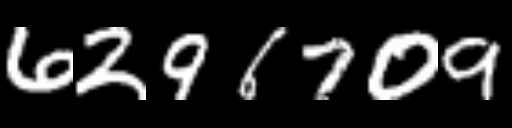
Text: 6296709